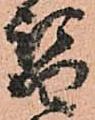
替